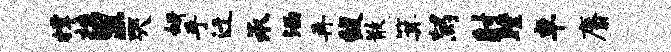
撑桂里哭妍手迁承涵再馥散箕舄射瞠卓麝